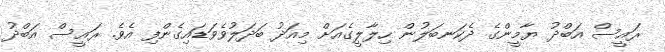
ރައީސް އަބްދު ޔާމީންގެ ދެކަނބަލުން ހިލާލީގެއަށް މިއަދު ބަދަލުވެވަޑައިގެންފި އެވެ. ރައީސް އަބްދު